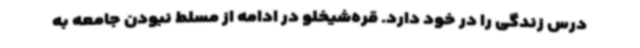
درس زندگی را در خود دارد. قره‌شیخلو در ادامه از مسلط نبودن جامعه به